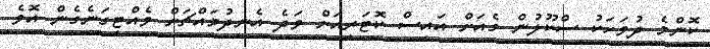
ކޮންމެ ދުވަހަކު ސްކޫލުން ގެއަށް އައިސް ކޮޓަރިއަށް ވަދެ އެނދުމައްޗަށް ވެއްޓިގަނެގެން އޮވެ